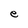
Character: e